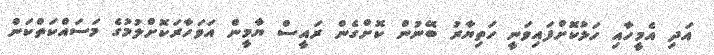
އަދި އެމީހާއި ހަލުކޮށްފައިވަނީ ހަތިޔާރު ބޭނުން ކޮށްގެން ރައީސް ޔާމީން އަވަހާރަކޮށްލުމުގެ މަސައްކަތްކަން